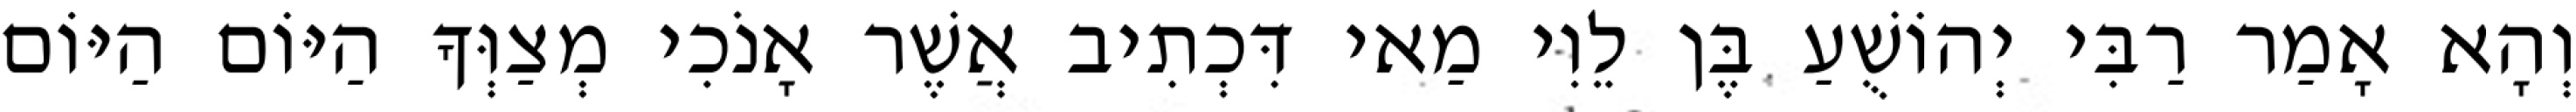
וְהָא אָמַר רַבִּי יְהוֹשֻׁעַ בֶּן לֵוִי מַאי דִּכְתִיב אֲשֶׁר אָנֹכִי מְצַוְּךָ הַיּוֹם הַיּוֹם